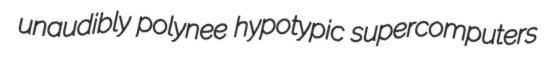
unaudibly polynee hypotypic supercomputers